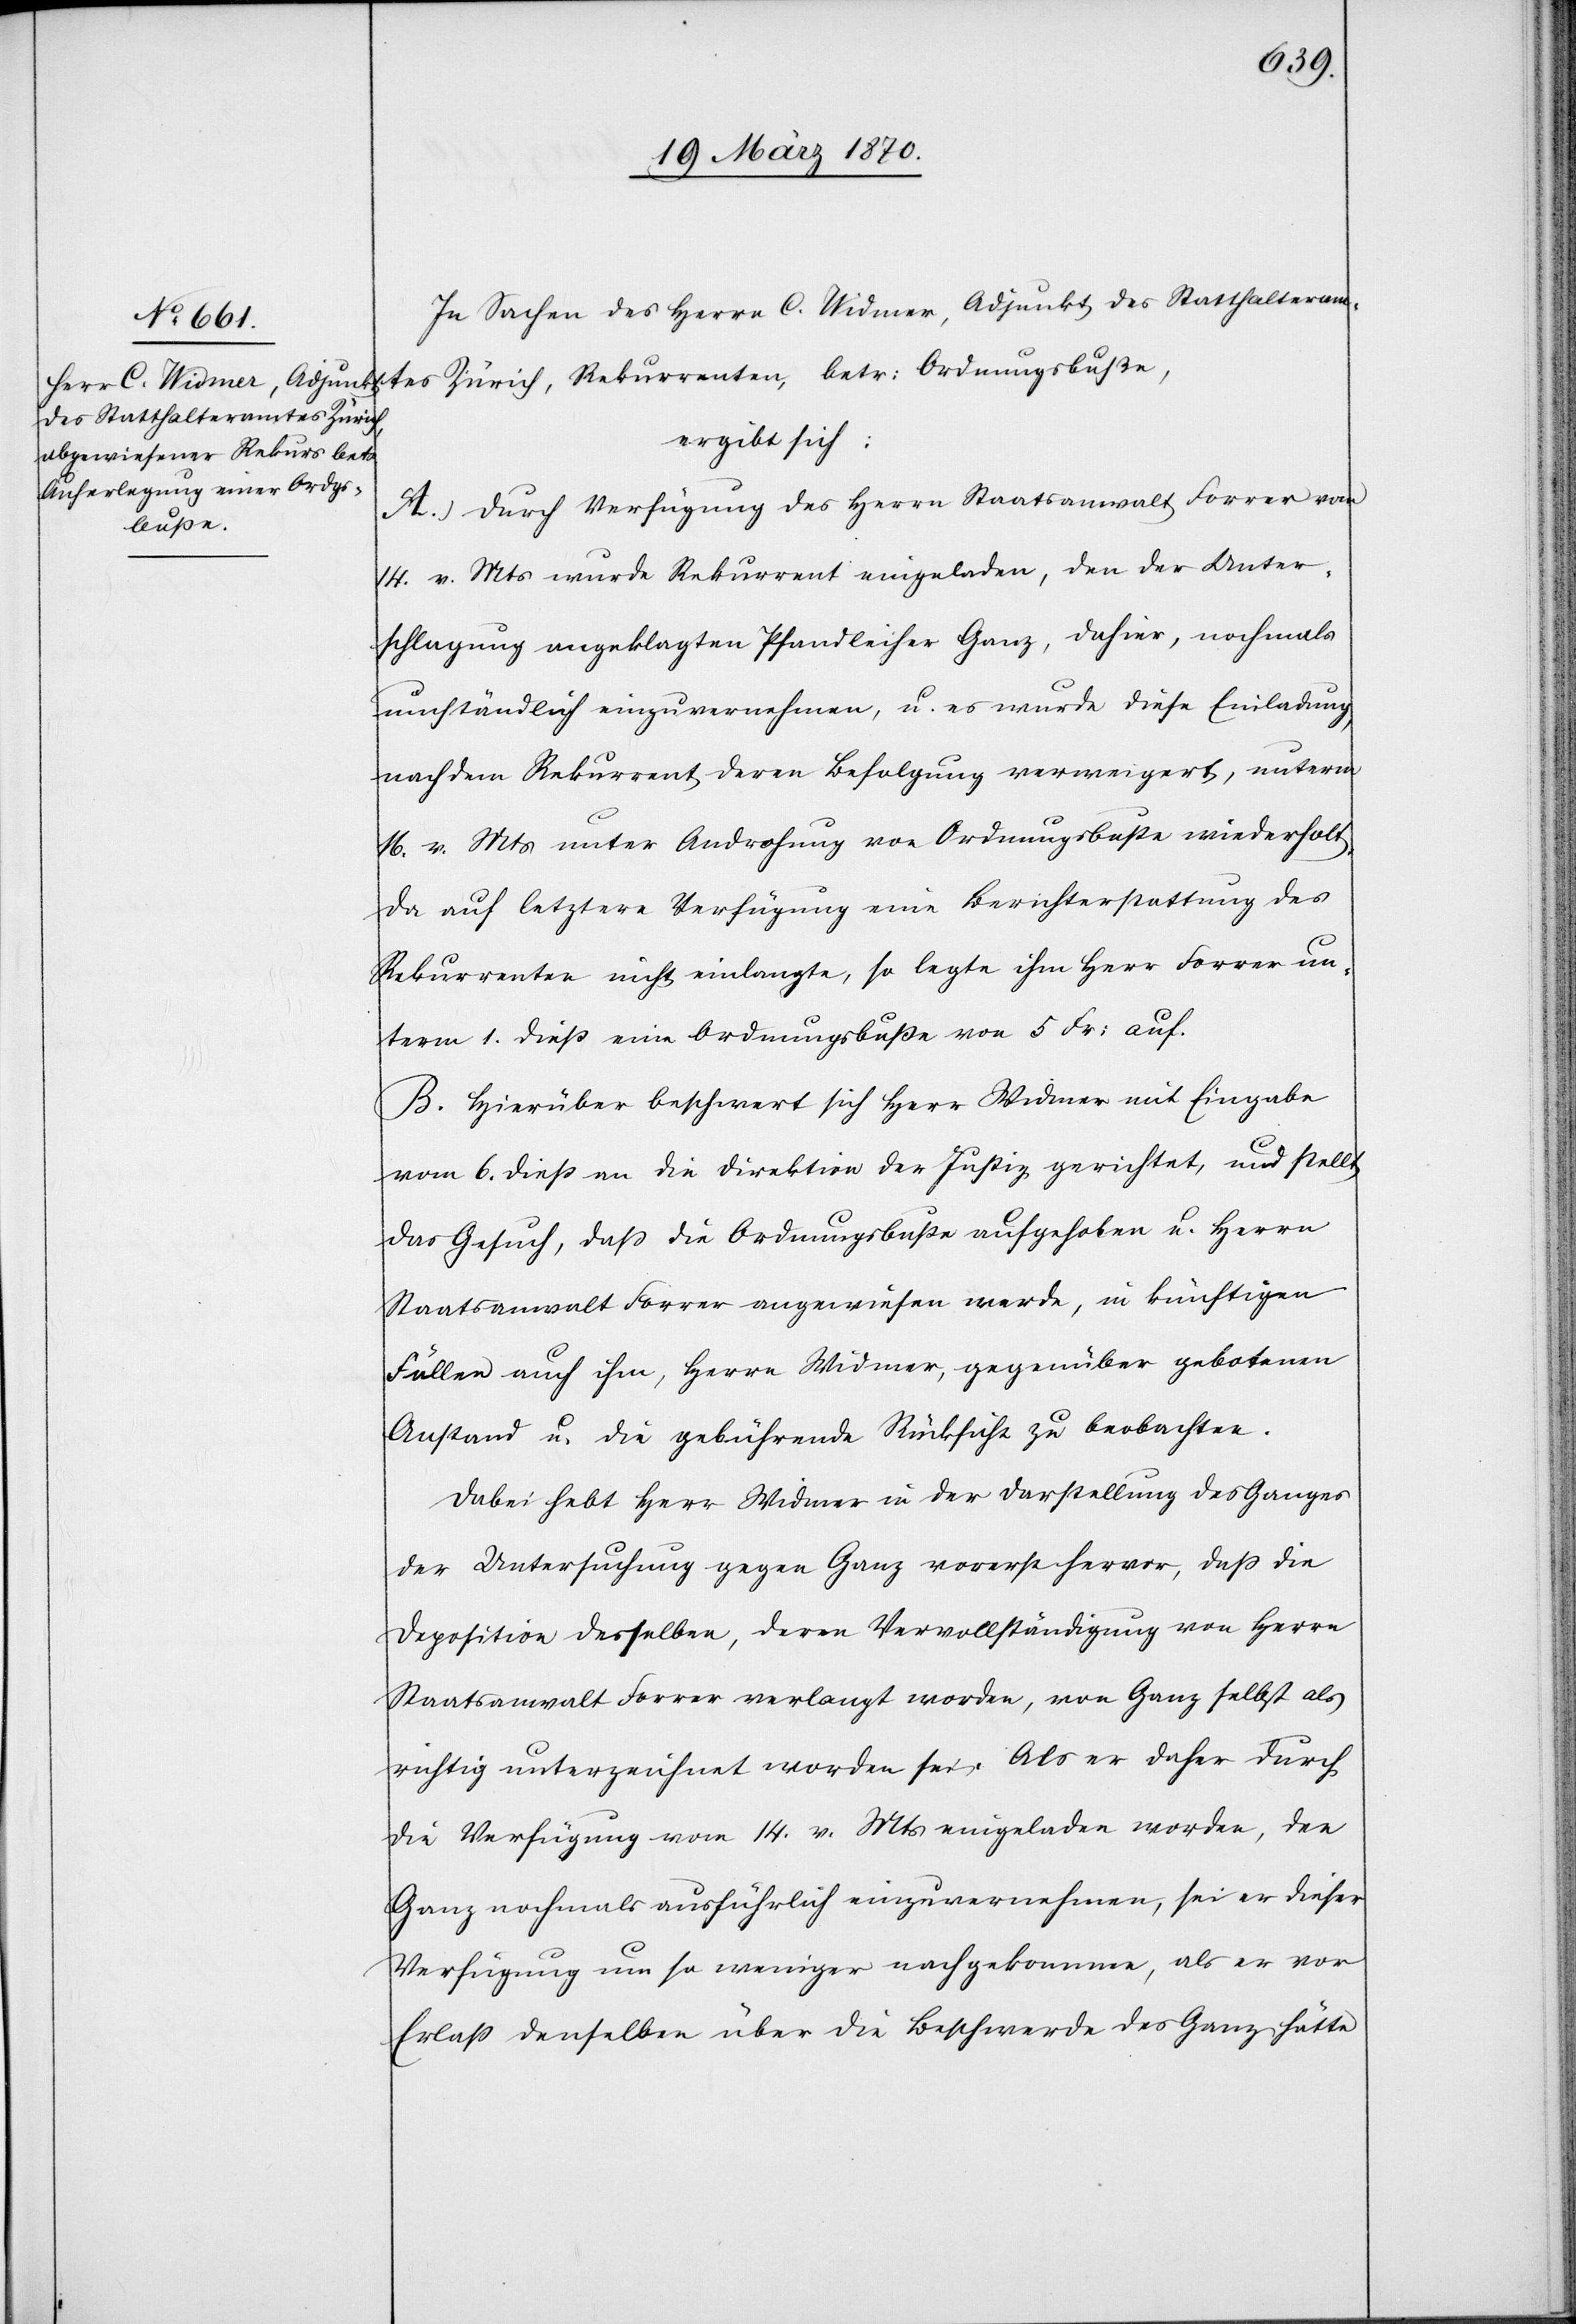
In Sachen des Herrn C. Widmer, Adjunkt des Statthalteram¬
tes Zürich, Rekurrenten, betr: Ordnungsbuße,
ergibt sich:
A. Durch Verfügung des Herrn Staatsanwalt Forrer vom
14. v. Mts wurde Rekurrent eingeladen, den der Unter¬
schlagung angeklagten Pfandleiher Ganz, dahier, nochmals
umständlich einzuvernehmen, u. es wurde diese Einladung,
nachdem Rekurrent deren Befolgung verweigert, unterm
16. v. Mts unter Androhung von Ordnungsbuße wiederholt.
Da auf letztere Verfügung eine Berichterstattung des
Rekurrenten nicht einlangte, so legte ihm Herr Forrer un¬
term 1. dieß eine Ordnungsbuße von 5 Fr: auf.
B. Hierüber beschwert sich Herr Widmer mit Eingabe
vom 6. dieß an die Direktion der Justiz gerichtet, und stellt
das Gesuch, daß die Ordnungsbuße aufgehoben u. Herrn
Staatsanwalt Forrer angewiesen werde, in künftigen
Fällen auch ihm, Herrn Widmer, gegenüber gebotenen
Anstand u. die gebührende Rücksicht zu beobachten.
Dabei hebt Herr Widmer in der Darstellung des Ganges
der Untersuchung gegen Ganz vorerst hervor, daß die
Deposition derselben, deren Vervollständigung von Herrn
Staatsanwalt Forrer verlangt worden, von Ganz selbst als
richtig unterzeichnet worden sei. Als er daher durch
die Verfügung vom 14. v. Mts eingeladen worden, den
Ganz nochmals ausführlich einzuvernehmen, sei er dieser
Verfügung um so weniger nachgekommen, als er vor
Erlaß denselben [sic!] über die Beschwerde des Ganz hätte